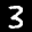
Label: 3